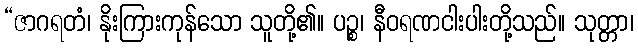
“ဇာဂရတံ၊ နိုးကြားကုန်သော သူတို့၏။ ပဉ္စ၊ နီဝရဏငါးပါးတို့သည်။ သုတ္တာ၊